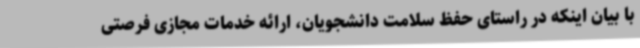
با بیان اینکه در راستای حفظ سلامت دانشجویان، ارائه خدمات مجازی فرصتی